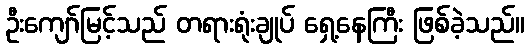
ဦးကျော်မြင့်သည် တရားရုံးချုပ် ရှေ့နေကြီး ဖြစ်ခဲ့သည်။